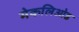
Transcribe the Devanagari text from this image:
मेकलिओड